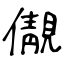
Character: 儬